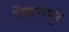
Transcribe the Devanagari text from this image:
सिरसपुर